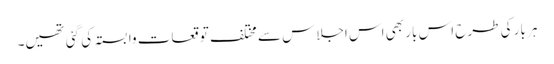
ہر بار کی طرح اس بار بھی اس اجلاس سے مختلف توقعات وابستہ کی گئی تھیں۔